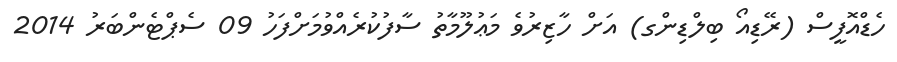
ހެޑްއޮފީސް (ރޭޑިއޯ ބިލްޑިންގ) އަށް ހާޒިރުވެ މަޢުލޫމާތު ސާފުކުރެއްވުމަށްފަހު 09 ސެޕްޓެންބަރު 2014